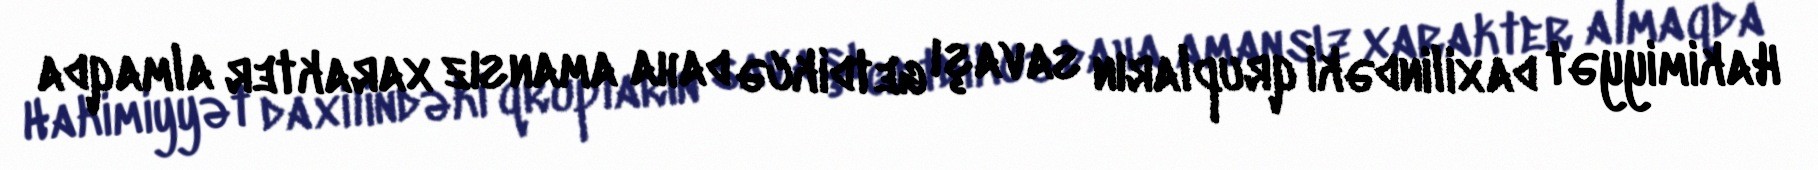
Hakimiyyət daxilindəki qrupların savaşı getdikcə daha amansız xarakter almaqda